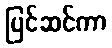
ပြင်ဆင်ကာ